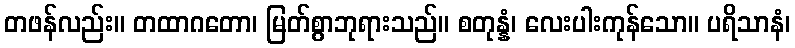
တဖန်လည်း။ တထာဂတော၊ မြတ်စွာဘုရားသည်။ စတုန္နံ၊ လေးပါးကုန်သော။ ပရိသာနံ၊